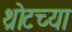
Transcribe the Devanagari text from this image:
थ्रोटच्या